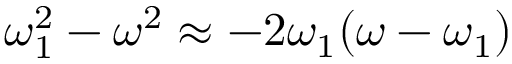
\omega _ { 1 } ^ { 2 } - \omega ^ { 2 } \approx - 2 \omega _ { 1 } ( \omega - \omega _ { 1 } )